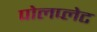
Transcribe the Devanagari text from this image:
पोलप्लेट